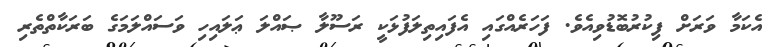
އެކަމާ ވަރަށް ފިކުރުބޮޑުވިއެވެ. ފަހަރެއްގައި އެފައިތިލަފުޅަކީ ރަސޫލާ ޞައްލަ ޢަލައިހި ވަސައްލަމަގެ ބަރަކާތްތެރި